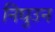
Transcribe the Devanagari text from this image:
निघुउन